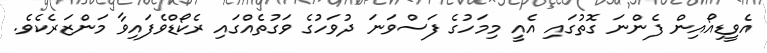
އެވީޑިއޯއިން ފެންނަ ގޮތުގައި އެއީ މިމަހުގެ ފަސްވަނަ ދުވަހުގެ ވަގުތެއްގައި ރެކޯޑްވެފައިވާ މަންޒަރެކެވެ.